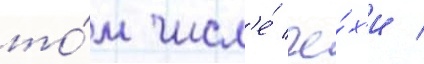
то́м числ'е́ че́х'и /